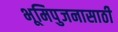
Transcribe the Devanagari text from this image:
भूमिपुजनासाठी